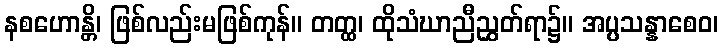
နစဟောန္တိ၊ ဖြစ်လည်းမဖြစ်ကုန်။ တတ္ထ၊ ထိုသံဃာညီညွှတ်ရာ၌။ အပ္ပသန္နာစေဝ၊